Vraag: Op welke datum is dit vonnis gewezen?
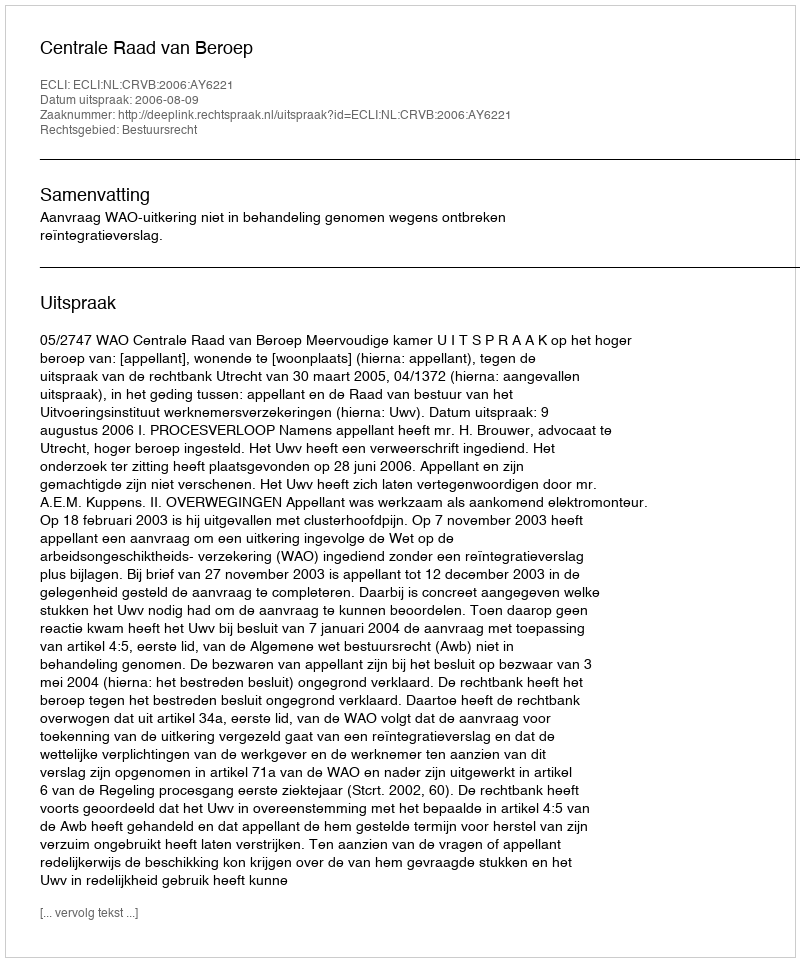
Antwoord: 2006-08-09